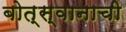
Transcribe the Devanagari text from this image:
बोत्स्वानाची